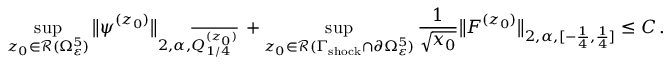
\operatorname* { s u p } _ { z _ { 0 } \in \mathcal { R } ( \Omega _ { \varepsilon } ^ { 5 } ) } \big \| \psi ^ { ( z _ { 0 } ) } \big \| _ { 2 , \alpha , \overline { { Q _ { 1 / 4 } ^ { ( z _ { 0 } ) } } } } \, + \operatorname* { s u p } _ { z _ { 0 } \in \mathcal { R } ( \Gamma _ { \mathrm { s h o c k } } \cap \partial \Omega _ { \varepsilon } ^ { 5 } ) } \frac { 1 } { \sqrt { x _ { 0 } } } \big \| F ^ { ( z _ { 0 } ) } \big \| _ { 2 , \alpha , [ - \frac { 1 } { 4 } , \frac { 1 } { 4 } ] } \leq C \, .